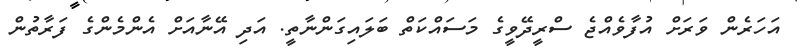
އަހަރެން ވަރަށް އުފާވެއްޖެ ސްރީދޭވީގެ މަސައްކަތް ބަލައިގަންނާތީ. އަދި އޭނާއަށް އެންމެންގެ ފަރާތުން